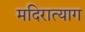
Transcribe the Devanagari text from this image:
मदिरात्याग